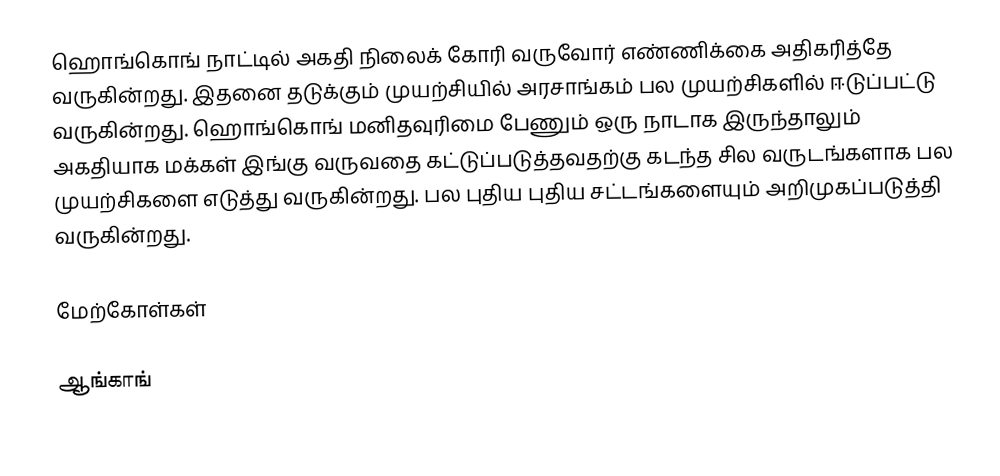
ஹொங்கொங் நாட்டில் அகதி  நிலைக் கோரி வருவோர் எண்ணிக்கை அதிகரித்தே வருகின்றது. இதனை தடுக்கும் முயற்சியில் அரசாங்கம் பல முயற்சிகளில் ஈடுப்பட்டு வருகின்றது. ஹொங்கொங் மனிதவுரிமை பேணும் ஒரு நாடாக இருந்தாலும் அகதியாக மக்கள் இங்கு வருவதை கட்டுப்படுத்தவதற்கு கடந்த சில வருடங்களாக பல முயற்சிகளை எடுத்து வருகின்றது. பல புதிய புதிய சட்டங்களையும் அறிமுகப்படுத்தி வருகின்றது.

மேற்கோள்கள்

ஆங்காங்